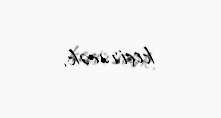
keçirəcək.